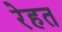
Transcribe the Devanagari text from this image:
रेहत